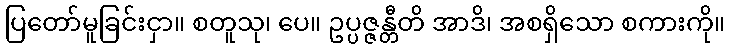
ပြတော်မူခြင်းငှာ။ စတူသု၊ ပေ။ ဥပ္ပဇ္ဇန္တီတိ အာဒိ၊ အစရှိသော စကားကို။